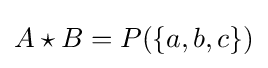
A\star B=P(\{a,b,c\})